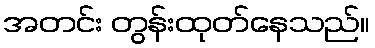
အတင်း တွန်းထုတ်နေသည်။